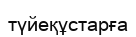
түйеқұстарға